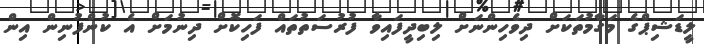
ލީޑަޝިޕްގެ މަގާމުތަކަށް ދިވެހިންނަށް ލިބިދީފައިވާ ފުރުސަތުތައް ފަހިކޮށް ދިނުމަށް އެ ކުންފުނިން އިން